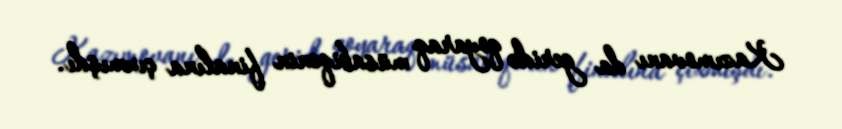
Kazımovanı da geridə qoyaraq müsabiqənin finalına çıxmışdı.